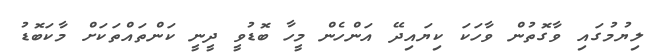
ލިޔުމުގައި ވާގޮތުން ވާހަކަ ކިޔައިދޭ އަންހެން މީހާ ބޮޑުވީ ދީނީ ކަންތައްތަކަށް މާކަބޮޑު